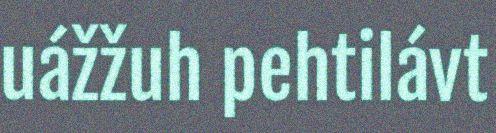
uážžuh pehtilávt